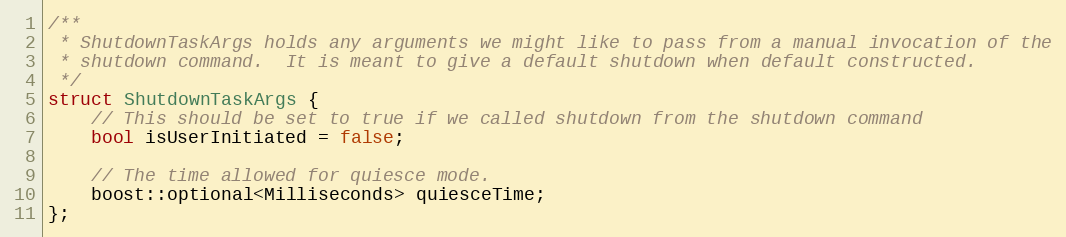
Language: C
/**
 * ShutdownTaskArgs holds any arguments we might like to pass from a manual invocation of the
 * shutdown command.  It is meant to give a default shutdown when default constructed.
 */
struct ShutdownTaskArgs {
    // This should be set to true if we called shutdown from the shutdown command
    bool isUserInitiated = false;

    // The time allowed for quiesce mode.
    boost::optional<Milliseconds> quiesceTime;
};